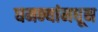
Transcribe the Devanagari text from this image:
घमन्यांमधून